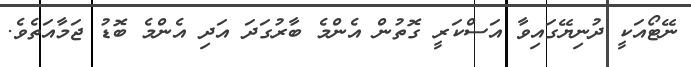
ނޭޓޯއަކީ ދުނިޔޭގައިވާ އަސްކަރީ ގޮތުން އެންމެ ބާރުގަދަ އަދި އެންމެ ބޮޑު ޖަމާއަތެވެ.